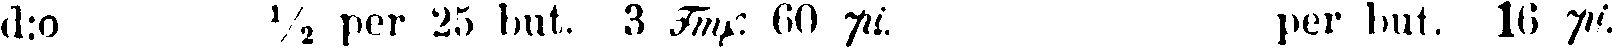
d:o ½ per 25 but. 3 Fmf. 60 pi. per but. 16 pi.